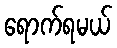
ရောက်ရမယ်